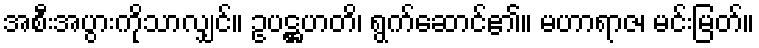
အစီးအပွားကိုသာလျှင်။ ဥပဋ္ဌဟတိ၊ ရွက်ဆောင်၏။ မဟာရာဇ၊ မင်းမြတ်။